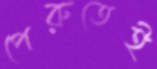
পেরুতেই